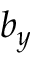
b _ { y }